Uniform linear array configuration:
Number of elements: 16
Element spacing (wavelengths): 1
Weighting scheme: kaiser
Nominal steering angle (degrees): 15
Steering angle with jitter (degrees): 14.122
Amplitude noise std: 0.05
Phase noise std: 0.05

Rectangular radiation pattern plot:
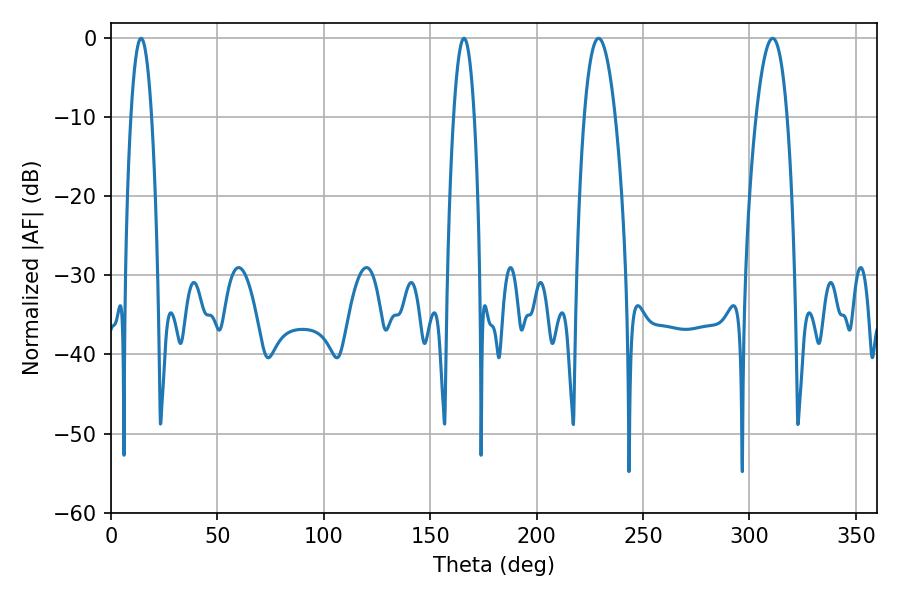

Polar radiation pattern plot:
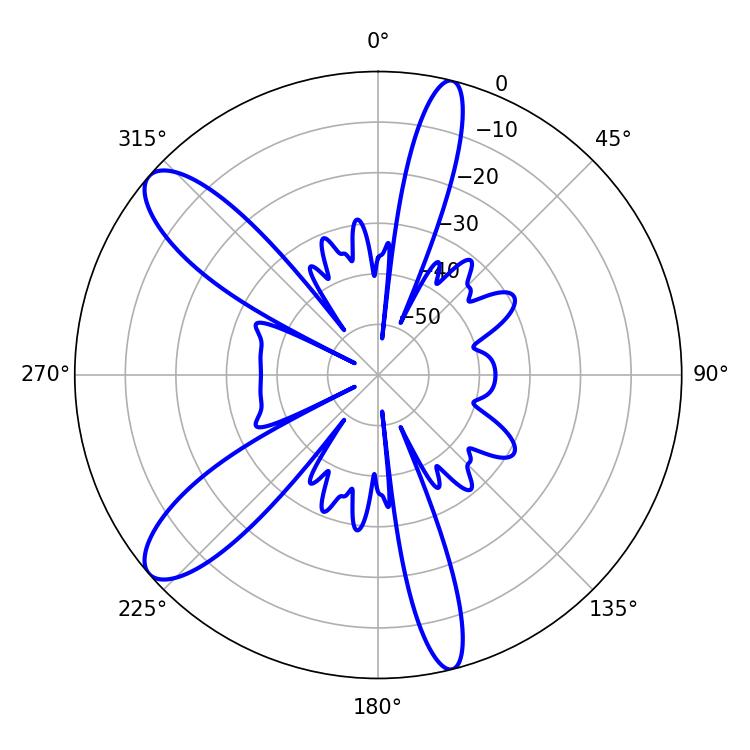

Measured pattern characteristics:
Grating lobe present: TRUE
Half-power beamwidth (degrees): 8.1
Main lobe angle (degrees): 229.14